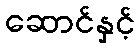
ဆောင်နှင့်